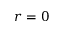
r = 0